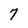
Character: 7